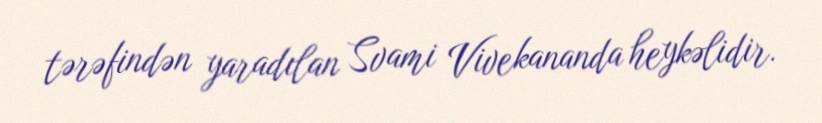
tərəfindən yaradılan Svami Vivekananda heykəlidir.